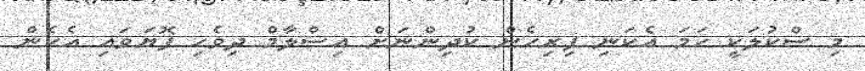
މި ސްކުލަކީ ހަމަ އެކަނި ފިރިހެން ކުދިންނަށް އިސްލާމް ދިވެހި ފޮޔަވައި އެހެން